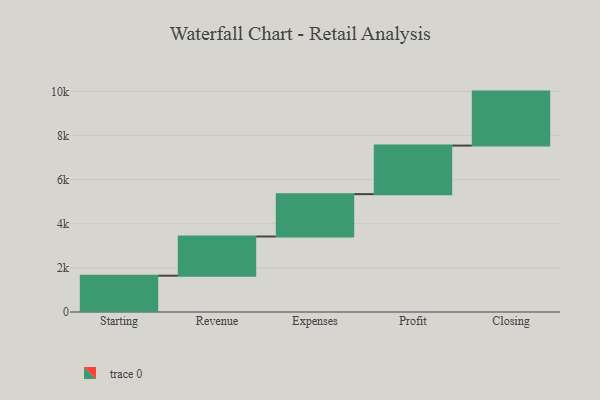
{"axis": {"x": "Step", "y": "Value"}, "legend": [""], "data": [{"x": "Starting", "y": 1645.0, "type": ""}, {"x": "Revenue", "y": 1776.0, "type": ""}, {"x": "Expenses", "y": 1919.0, "type": ""}, {"x": "Profit", "y": 2201.0, "type": ""}, {"x": "Closing", "y": 2446.0, "type": ""}]}